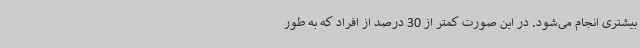
بیشتری انجام می‌شود. در این صورت کمتر از 30 درصد از افراد که به طور